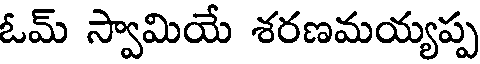
ఓమ్ స్వామియే శరణమయ్యప్ప